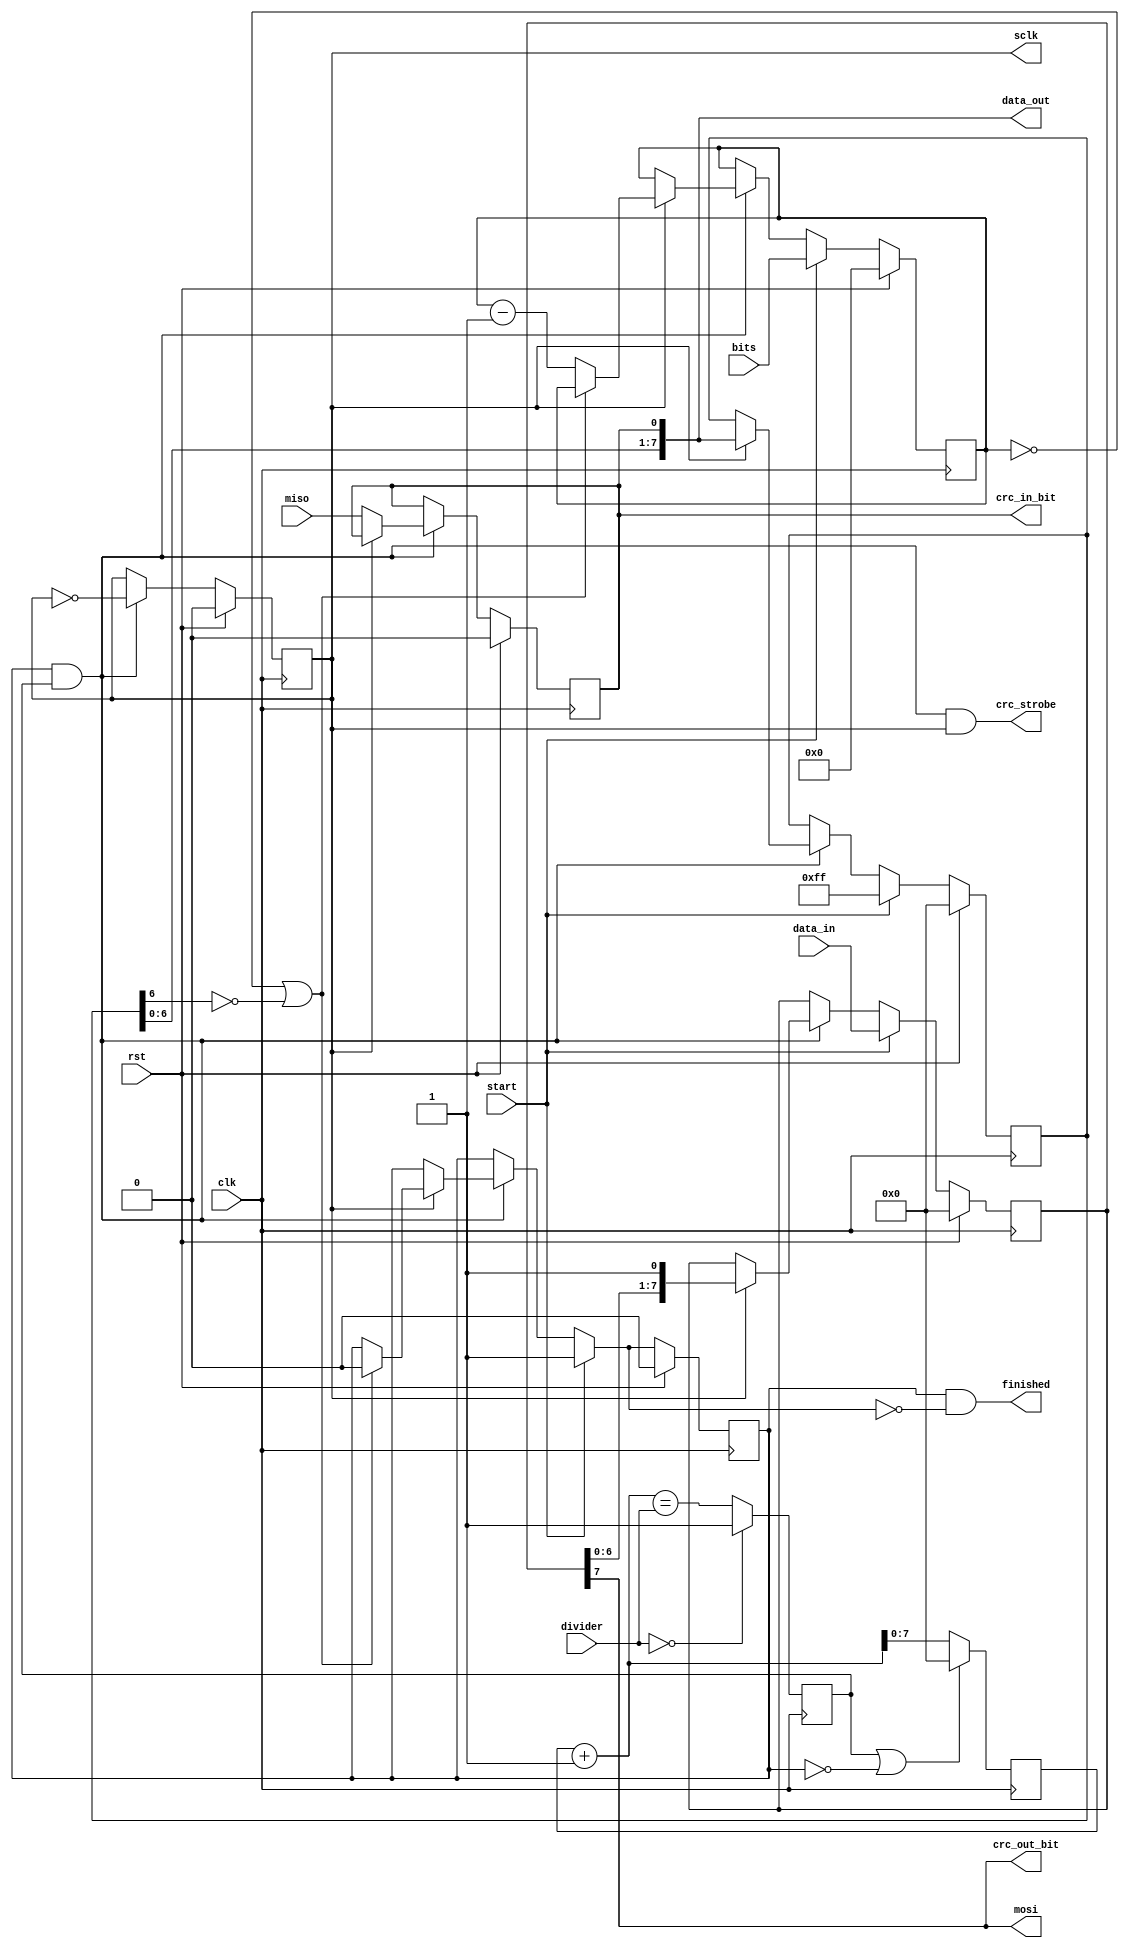
module sdcard_spi (
		   output sclk,
		   output mosi,
		   input  miso,

		   input rst,
		   input clk,
		   input [7:0] data_in,
		   output [7:0] data_out,
		   input [7:0] divider,
		   input [4:0] bits,
		   input start,
		   output finished,
		   output crc_in_bit,
		   output crc_out_bit,
		   output crc_strobe,
		  );

   reg 	     sclk_d, sclk_q;
   reg [7:0] shift_in_d, shift_in_q, shift_out_d, shift_out_q;
   reg [7:0] counter;
   reg 	     toggle, latch_d, latch_q, active_d, active_q;
   reg [4:0] bits_d, bits_q;

   assign    sclk = sclk_q;
   assign    mosi = shift_out_q[7];
   assign    finished = active_q & ~active_d;
   assign    data_out = {shift_in_q[6:0], latch_q};
   assign    crc_in_bit = latch_q;
   assign    crc_out_bit = shift_out_q[7];
   assign    crc_strobe = active_q & toggle & sclk_q;

   always @(posedge clk) begin
      if (divider == 0)
	toggle <= 1'b1;
      else
	toggle <= (counter+1 == divider);
      if (toggle | ~active_q)
	counter <= 0;
      else
	counter <= counter+1;
   end

   always @(*) begin
      sclk_d = sclk_q;
      shift_in_d = shift_in_q;
      shift_out_d = shift_out_q;
      latch_d = latch_q;
      bits_d = bits_q;
      active_d = active_q;
      if (active_q & toggle) begin
	 sclk_d = ~sclk_q;
	 if (sclk_q) begin
	    shift_in_d = {shift_in_q[6:0], latch_q};
	    shift_out_d = {shift_out_q[6:0], 1'b1};
	    if ((bits_q == 0) | ~shift_in_q[6]) begin
	       active_d = 1'b0;
	    end else begin
	       bits_d = bits_q-1;
	    end
	 end else begin
	    latch_d = miso;
	 end
      end

      if (start) begin
	 shift_in_d = 8'hff;
	 shift_out_d = data_in;
	 bits_d = bits;
	 active_d = 1'b1;
      end
   end

   always @(posedge clk) begin
      if (rst) begin
	 active_q <= 1'b0;
	 bits_q <= 5'h00;
	 sclk_q <= 1'b0;
	 latch_q <= 1'b0;
	 shift_in_q <= 8'h00;
	 shift_out_q <= 8'h00;
      end else begin
	 active_q <= active_d;
	 bits_q <= bits_d;
	 sclk_q <= sclk_d;
	 latch_q <= latch_d;
	 shift_in_q <= shift_in_d;
	 shift_out_q <= shift_out_d;
      end
   end

endmodule